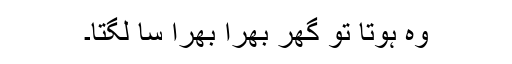
وہ ہوتا تو گھر بھرا بھرا سا لگتا۔